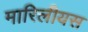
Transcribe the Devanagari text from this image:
मारिलीयस